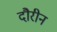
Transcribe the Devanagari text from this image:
दौरीन